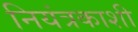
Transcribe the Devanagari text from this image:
नियंत्रकाशी